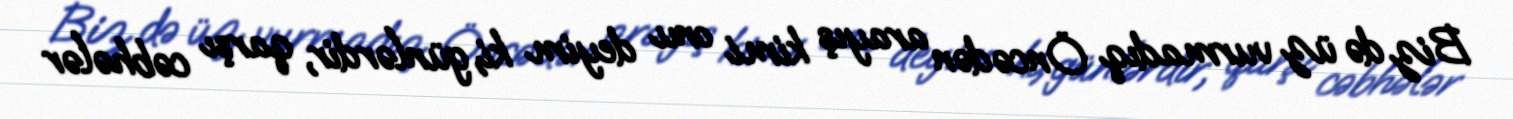
Biz də üz vurmadıq Öncədən arayış kimi onu deyim ki, günlərdir, qarşı cəbhələr